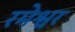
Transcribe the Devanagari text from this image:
रमेश्वर